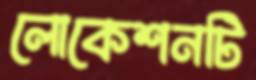
লোকেশনটি